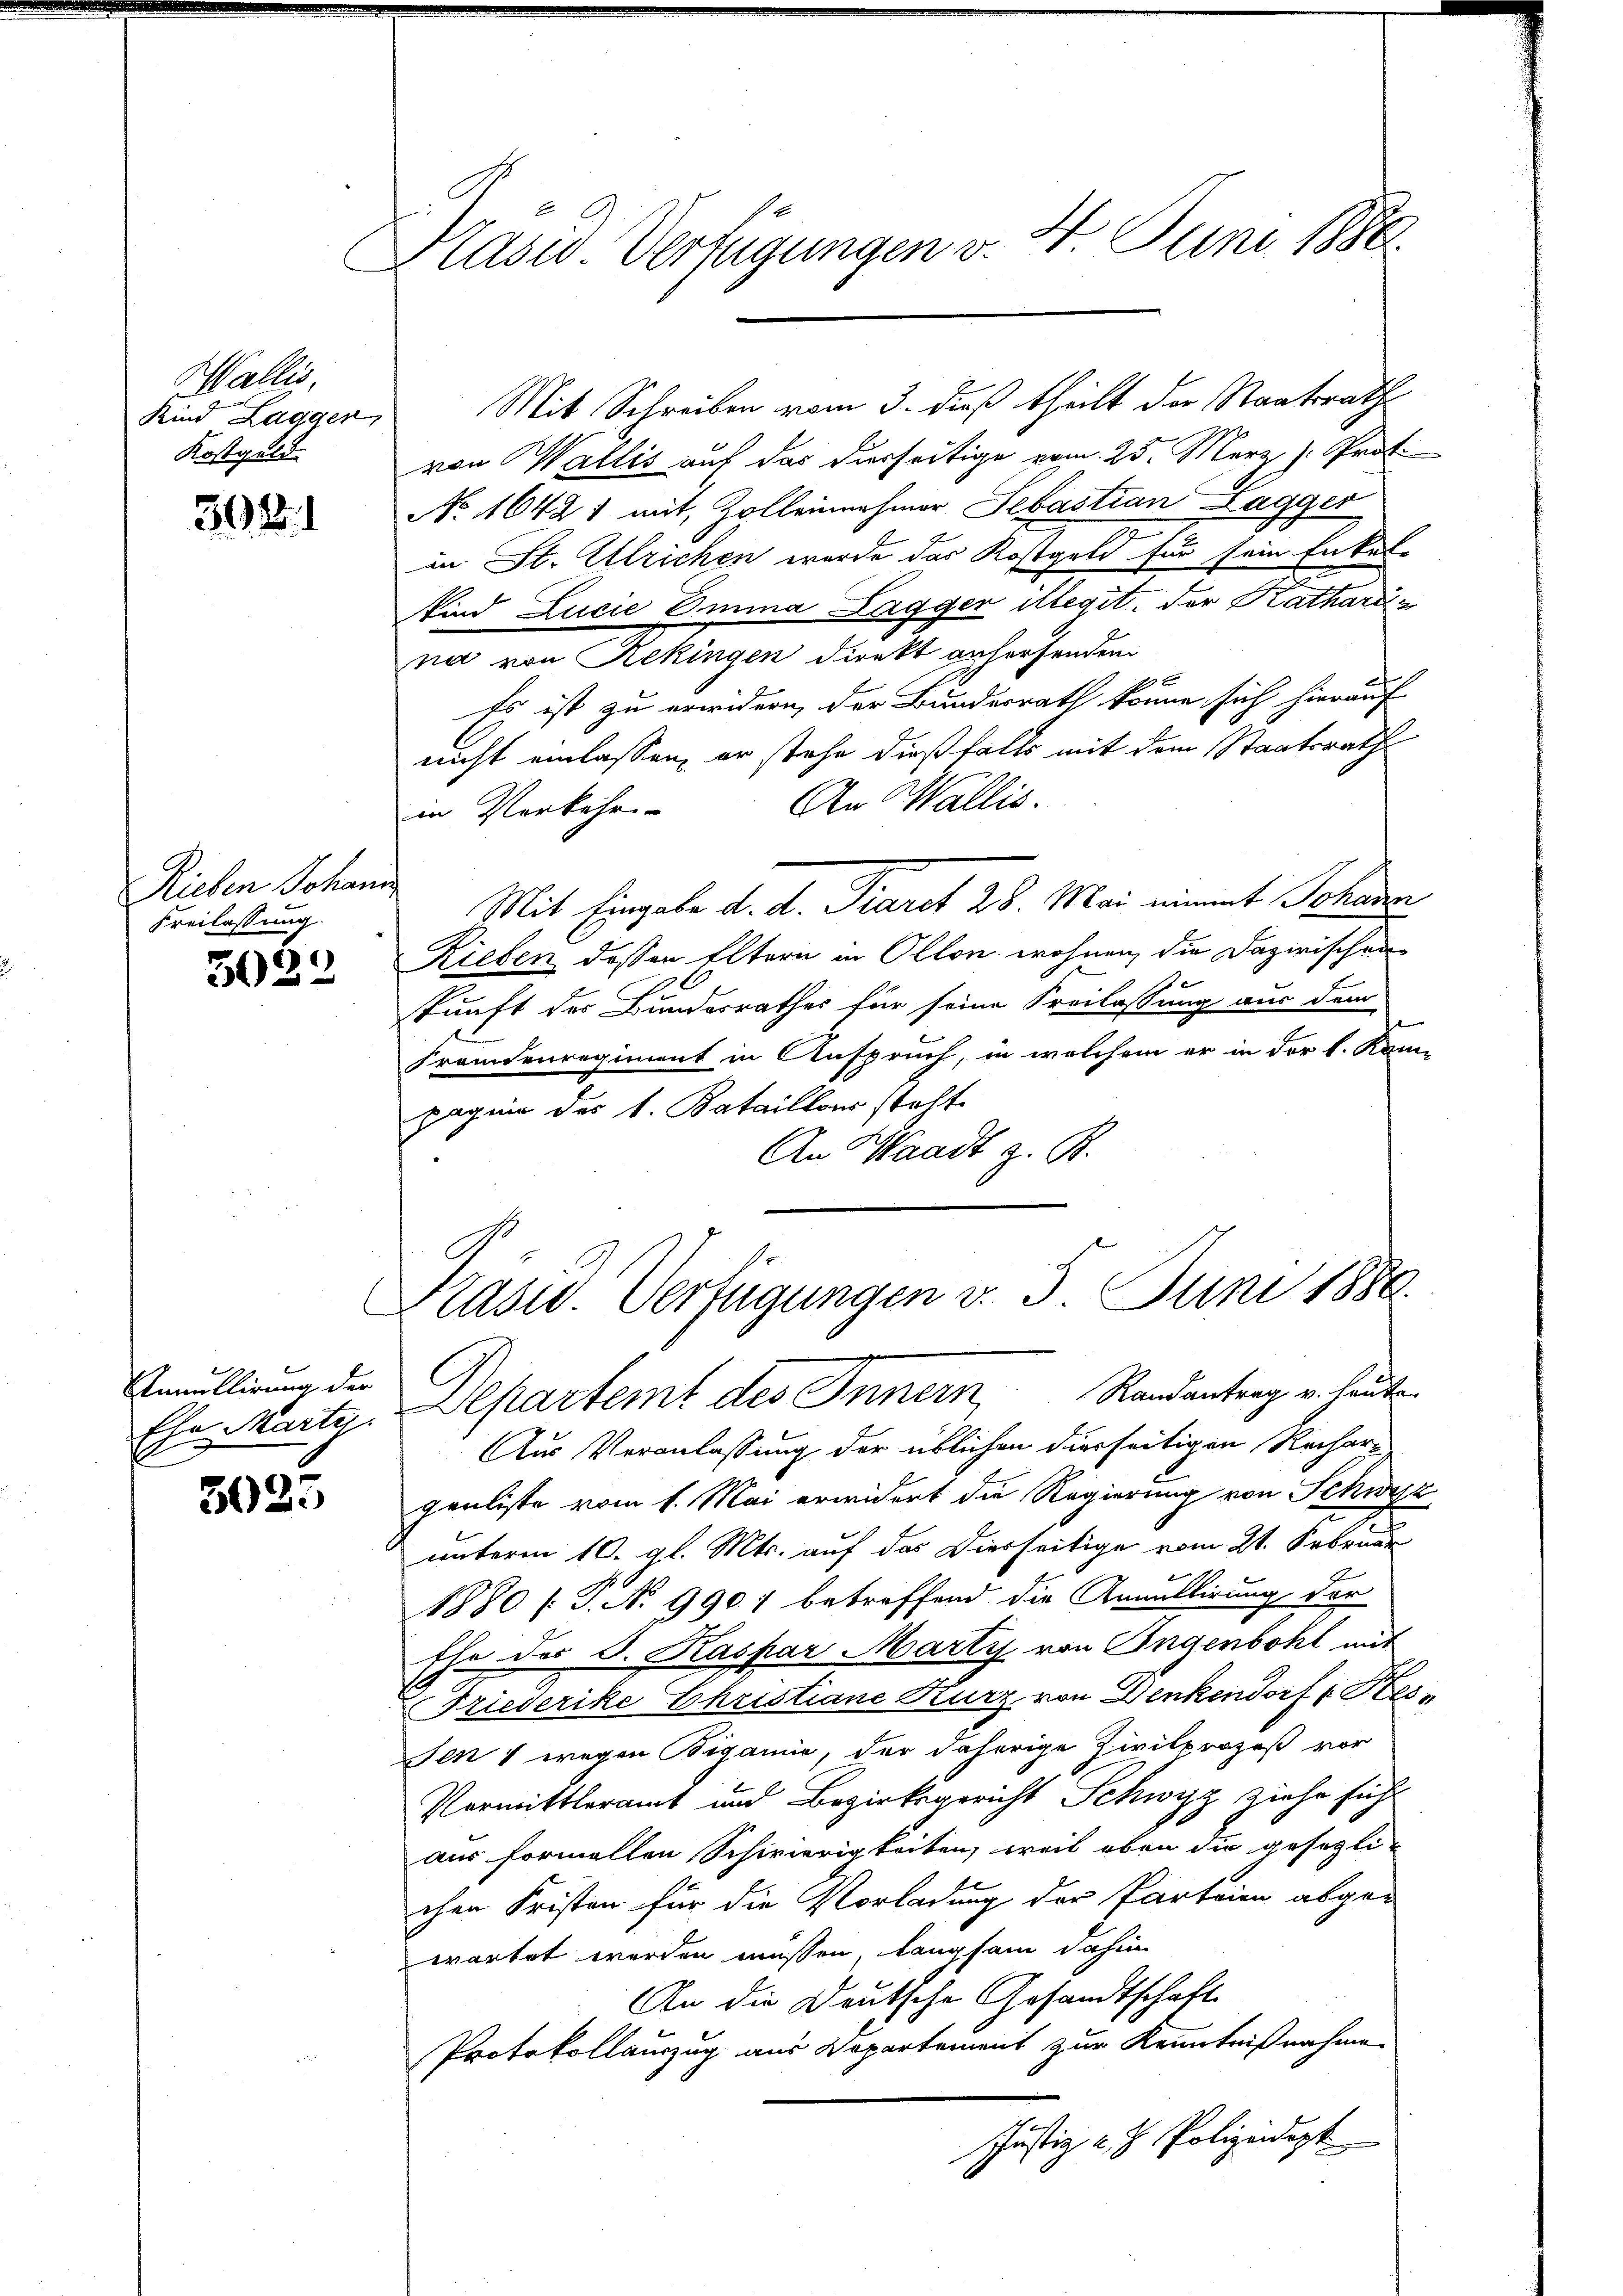
Wallis,
Kind Laggen,
Kostgeld

3921

Rieben Johann
Freilassung.

3022

Annullirung der

5035

Präsid. Verfügungen v. 4. Juni 1886.

Mit Schreiben vom 3. dieß theilt der Staatsrath
von Wallis auf das derseitige vom 25. März h. Prof.
No 16421 mit Zolleinnehmer Sebastian Lagger
.
in St. Ulrichen wurde das Kostgeld für sein Enkel-
Kind Lucie Omina Lagger illegit, der Katharin
na von Rekingen direkt anhersenden
Es ist zu erwidern, der Bundesrath könne sich hierauf
nicht einlassen, er stehe dießfalls mit dem Staatsrath
An Wallis.
in Verkehr-
Plit Eingabe d. d. Part 28. Mai nimmt Schan
Rieben dessen Eltern in Ollon wohnen, die Dazwischen
kunft des Bundesrathes für seine Freilassung aus dem
Fremdenregiment in Anspruch, in welchem er in der k. Kam-
pagnie des 1. Bataillons steht.
An Waadt z. B.

Präsid. Verfügungen v. 5. Juni 1880.

Ehe. Wartg. Departemt des Innern Randantrag u. heute
Aus Veranlassung der üblichen dierseitigen Rechare
genliste vom 1. Mai erwidert die Regierung von Schwyz
unterm 10. gl. Mts. auf das Dierseitige vom 21. Februar
1880 /: P. N. 990. 1 betreffend die Annullirung der
Ehe des S. Kaspar Marty von Angenbohl mit
Friederike Christiane Kurz von Denkendorf & Hes
en 1 wegen Bigamie, der daherige Zivilprozeß vor
Vormittleramt und Bezirksgericht Schwyz ziehe sich
aus formellen Schwierigkeiten, weil oben die gesezlichen Fristen für die Vorladung der Parteien abge-
wartet werden müssen, langsam dahin
An die Deutsche Gesandtschaft
Protokollauszug aus Departement zur Kenntnißnahme.
schäftig v. J. Polizeidigt